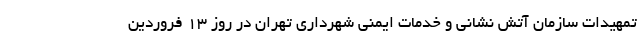
تمهیدات سازمان آتش نشانی و خدمات ایمنی شهرداری تهران در روز ۱۳ فروردین